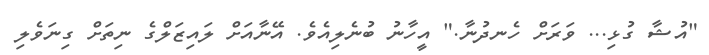
"އުޝާ ގުޅި... ވަރަށް ހެނދުނާ." އީހާނު ބުނެލިއެވެ. އޭނާއަށް ލައިޒަލްގެ ނިތަށް ގިނަވެލި